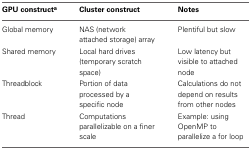
<table><thead><tr><td><b>GPU construct<sup>a</sup></b></td><td><b>Cluster construct</b></td><td><b>Notes</b></td></tr></thead><tbody><tr><td>Global memory</td><td>NAS (network attached storage) array</td><td>Plentiful but slow</td></tr><tr><td>Shared memory</td><td>Local hard drives (temporary scratch space)</td><td>Low latency but visible to attached node</td></tr><tr><td>Threadblock</td><td>Portion of data processed by a specific node</td><td>Calculations do not depend on results from other nodes</td></tr><tr><td>Thread</td><td>Computations parallelizable on a finer scale</td><td>Example: using OpenMP to parallelize a for loop</td></tr></tbody></table>